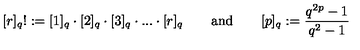
[ r ] _ { q } ! : = [ 1 ] _ { q } \cdot [ 2 ] _ { q } \cdot [ 3 ] _ { q } \cdot . . . \cdot [ r ] _ { q } \mathrm { \qquad a n d \qquad } [ p ] _ { q } : = \frac { q ^ { 2 p } - 1 } { q ^ { 2 } - 1 }